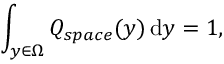
\int _ { y \in \Omega } Q _ { s p a c e } ( y ) \mathop { } \! \mathrm { d } y = 1 ,